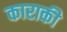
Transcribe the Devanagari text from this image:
काराकी